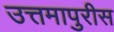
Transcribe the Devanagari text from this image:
उत्तमापुरीस